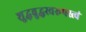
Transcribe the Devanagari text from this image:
शुद्धबुद्धस्वरूपस्त्वं